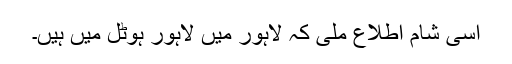
اسی شام اطلاع ملی کہ لاہور میں لاہور ہوٹل میں ہیں۔